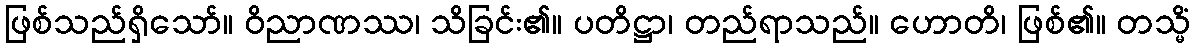
ဖြစ်သည်ရှိသော်။ ဝိညာဏဿ၊ သိခြင်း၏။ ပတိဋ္ဌာ၊ တည်ရာသည်။ ဟောတိ၊ ဖြစ်၏။ တသ္မိံ